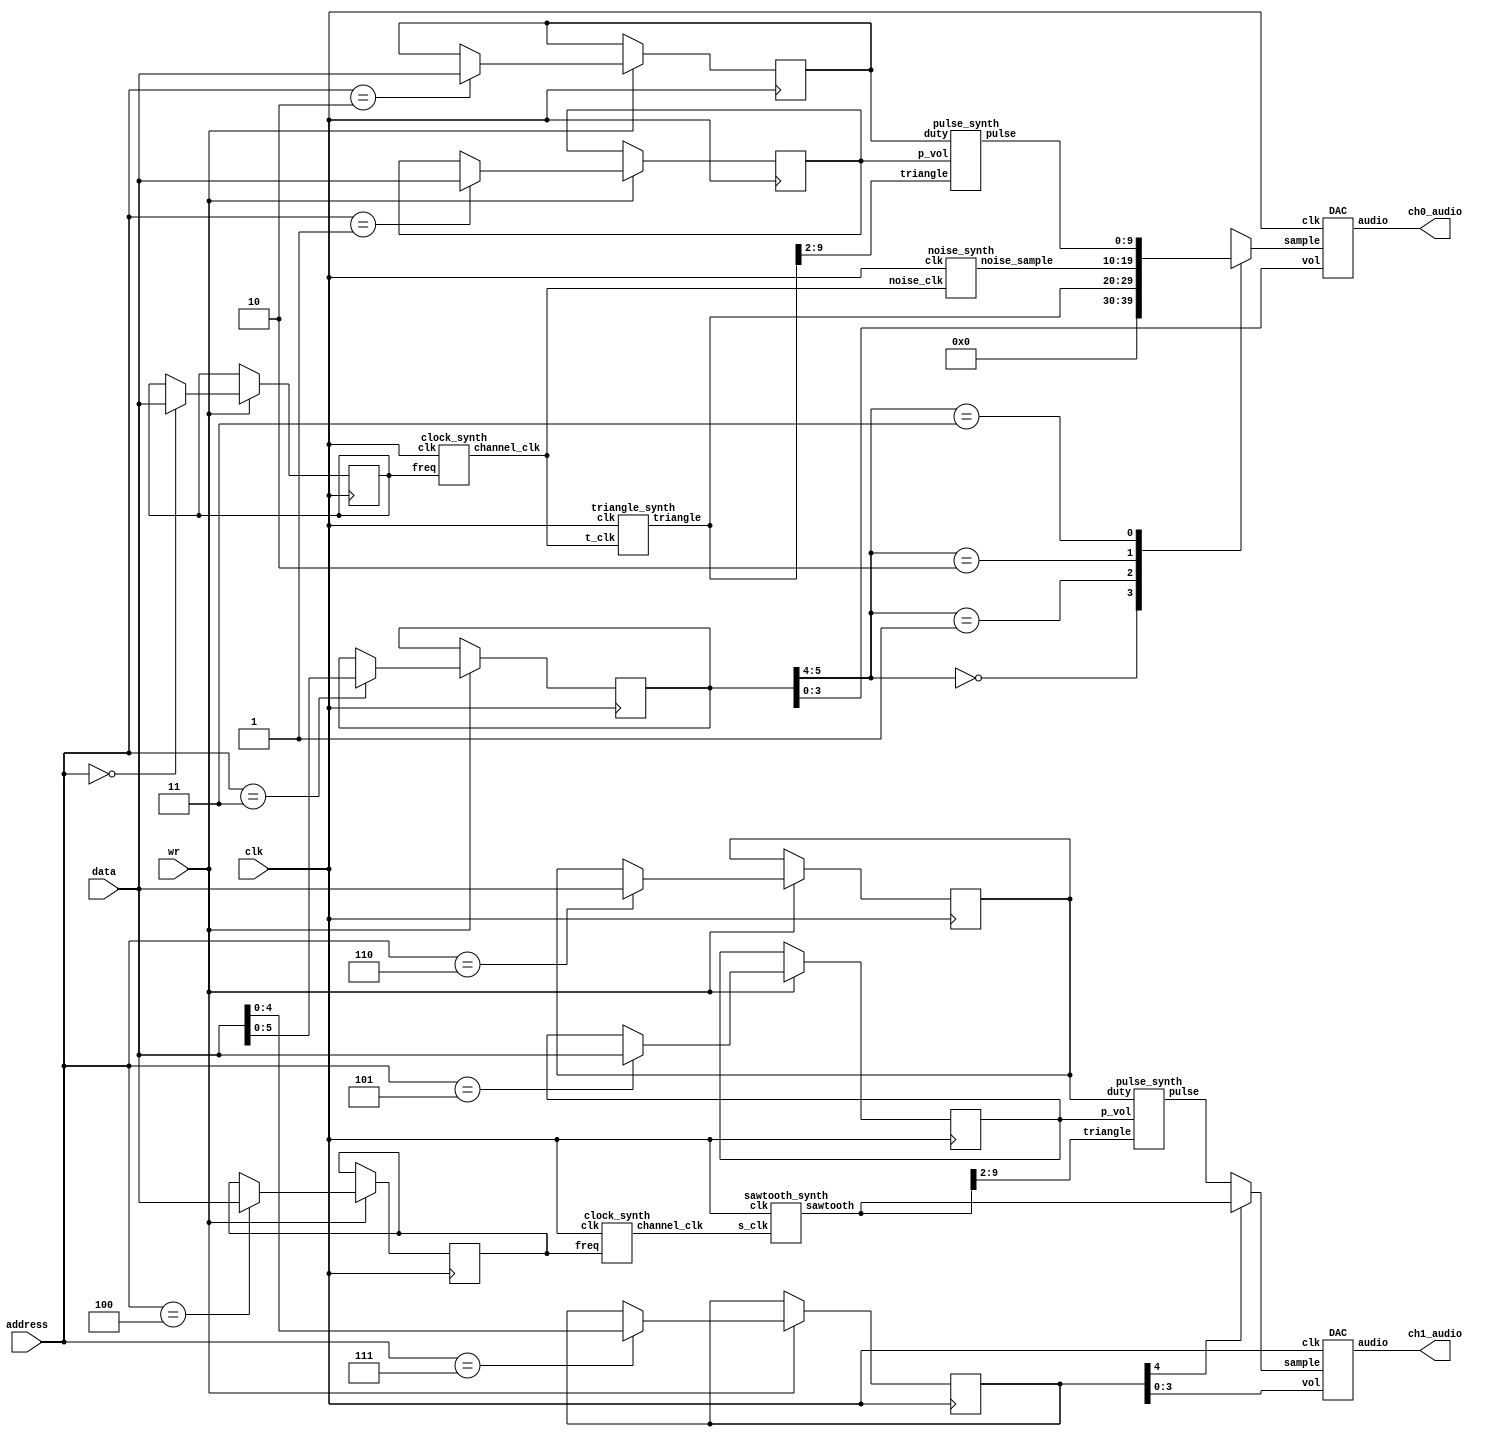
module top_level(input wire clk, input wire[7:0] data, input wire[2:0] address, input wire wr, output wire[3:0] ch0_audio, ch1_audio);
reg[9:0] active_sample0;
reg[9:0] active_sample1;
wire[9:0] triangle_sample;
wire[9:0] sawtooth_sample;
wire[9:0] noise_sample;
wire[9:0] ch0_pulse_sample;
wire[9:0] ch1_pulse_sample;
wire channel0_clk;
reg[7:0] ch0_freq;
reg[7:0] ch0_p_vol;
reg[7:0] ch0_duty;
reg[5:0] ch0_ctrl;
reg[7:0] ch1_freq;
reg[7:0] ch1_p_vol;
reg[7:0] ch1_duty;
reg[4:0] ch1_ctrl;

always @(posedge clk)
begin
	if(wr)
	begin
		case(address)
		3'b000: ch0_freq <= data;
		3'b001: ch0_p_vol <= data;
		3'b010: ch0_duty <= data;
		3'b011: ch0_ctrl <= data[5:0];
		3'b100: ch1_freq <= data;
		3'b101: ch1_p_vol <= data;
		3'b110: ch1_duty <= data;
		3'b111: ch1_ctrl <= data[4:0];
		endcase
	end
end

always @(*)
begin
	case(ch0_ctrl[5:4])
	2'b00: active_sample0 = 10'h00;
	2'b01: active_sample0 = triangle_sample;
	2'b10: active_sample0 = noise_sample;
	2'b11: active_sample0 = ch0_pulse_sample;
	endcase
	if(ch1_ctrl[4])
		active_sample1 = sawtooth_sample;
	else
		active_sample1 = ch1_pulse_sample;
end

clock_synth csynth0(.clk(clk), .freq(ch0_freq), .channel_clk(channel0_clk));
DAC DAC0_inst(.sample(active_sample0), .clk(clk), .vol(ch0_ctrl[3:0]), .audio(ch0_audio));
triangle_synth tsynth0(.clk(clk), .t_clk(channel0_clk), .triangle(triangle_sample));
pulse_synth psynth0(.duty(ch0_duty), .triangle(triangle_sample[9:2]), .p_vol(ch0_p_vol), .pulse(ch0_pulse_sample));
noise_synth nsynth0(.clk(clk), .noise_clk(channel0_clk), .noise_sample(noise_sample));

clock_synth cdynth1(.clk(clk), .freq(ch1_freq), .channel_clk(channel1_clk));
DAC DAC1_inst(.sample(active_sample1), .clk(clk), .vol(ch1_ctrl[3:0]), .audio(ch1_audio));
sawtooth_synth ssynth1(.clk(clk), .s_clk(channel1_clk), .sawtooth(sawtooth_sample));
pulse_synth psynth1(.duty(ch1_duty), .triangle(sawtooth_sample[9:2]), .p_vol(ch1_p_vol), .pulse(ch1_pulse_sample));

endmodule

module DAC(input wire[9:0]sample, input wire clk, input wire[3:0] vol, output wire[3:0] audio);
reg[9:0] DAC_counter;
reg comp_out;
assign audio = vol & {4{comp_out}};
always @(posedge clk)
begin
	DAC_counter <= DAC_counter + 10'd1;
end

always @(*)
begin
	comp_out = 1'b0;
	if(sample > DAC_counter)
		comp_out = 1'b1;
end
endmodule

module clock_synth(input wire clk, input wire[7:0] freq, output reg channel_clk);
reg[7:0] clk_count;
always @(posedge clk)
begin
	if(clk_count == freq)
	begin
		channel_clk <= 1'b1;
		clk_count <= 8'h0;
	end
	else
	begin
	channel_clk <= 1'b0;
	clk_count <= clk_count + 8'h1;
	end
end
endmodule

module triangle_synth(input wire clk, input wire t_clk, output reg[9:0] triangle);
reg counter_dir;
always @(posedge clk)
begin
	if(t_clk)
		triangle <= triangle + {10{counter_dir}};
	if(triangle == 10'd1023)
		counter_dir <= 1'b1;
	if(triangle == 10'd1)
		counter_dir <= 1'b0;
end
endmodule

module sawtooth_synth(input wire clk, input wire s_clk, output wire[9:0] sawtooth);
reg[10:0] sawtooth_counter;
always @(posedge clk)
begin
	if(s_clk)
		sawtooth_counter <= sawtooth_counter + 11'd1;
end
assign sawtooth = sawtooth_counter[10:1];
endmodule

module pulse_synth(input wire[7:0] duty, input wire[7:0] triangle, input wire[7:0] p_vol, output wire[9:0] pulse);
assign pulse = (duty > triangle) ? {p_vol, 2'b00} : 10'd0;
endmodule

module noise_synth(input wire clk, input wire noise_clk, output wire[9:0] noise_sample);
wire next_bit;
reg[9:0] s_reg;
assign next_bit = s_reg[3] ^ s_reg[0];
assign noise_sample = s_reg;
always @(posedge clk)
begin
	if(noise_clk)
		s_reg <= {next_bit, s_reg[9:1]};
end
endmodule